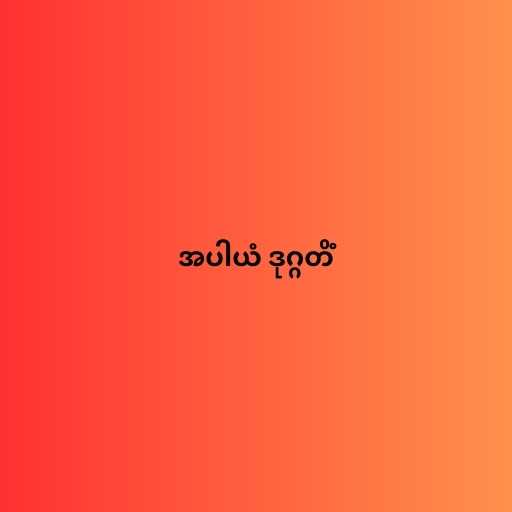
အပါယံ ဒုဂ္ဂတိံ